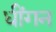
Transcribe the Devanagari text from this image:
धींगन